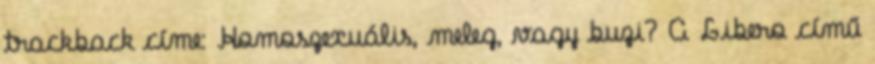
trackback címe: Homoszexuális, meleg, vagy buzi? A Libero című